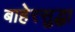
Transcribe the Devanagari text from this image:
बाहेरसुद्धा